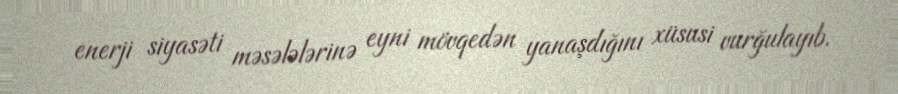
enerji siyasəti məsələlərinə eyni mövqedən yanaşdığını xüsusi vurğulayıb.